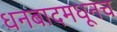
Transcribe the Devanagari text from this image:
धनबादमधूनच